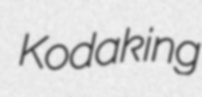
Kodaking